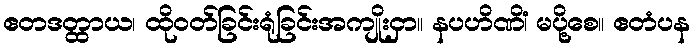
ဧတဒတ္ထာယ၊ ထိုဝတ်ခြင်းရုံခြင်းအကျိုးငှာ။ နပဟိဏိံ၊ မပို့စေ။ ဧတံပန